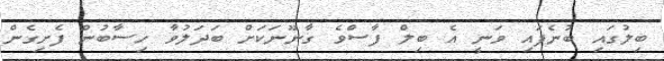
ބިލުގައި ބުނެފައި ވަނީ އެ ބިލް ފާސްވެ ގާނޫނަކަށް ބަދަލުވާ ހިސާބުން ފެށިގެން